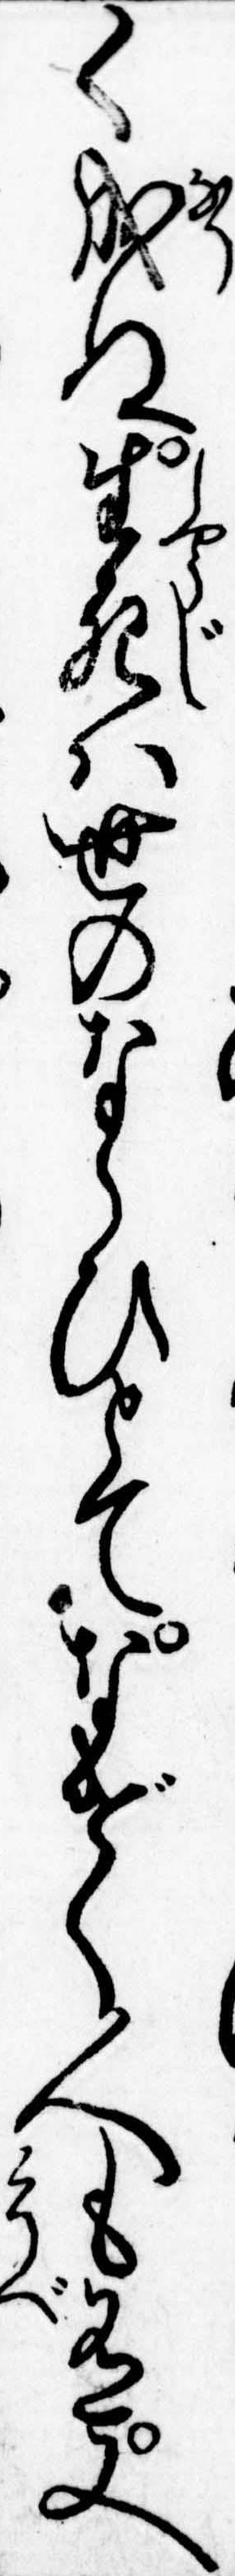
く成ぬ生死は世のならひとてなげく人も有又